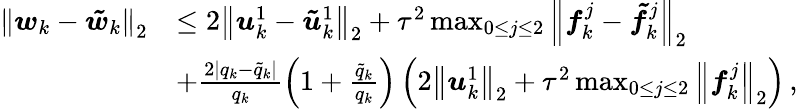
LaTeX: \begin{array}{rl}{{\left\| {\boldsymbol{w}}_{k}-{\boldsymbol{\tilde{w}}}_{k}\right\| }_{2}}&{\leq 2{\left\| {\boldsymbol{u}}_{k}^{1}-{\boldsymbol{\tilde{u}}}_{k}^{1}\right\| }_{2}+{\tau}^{2}\operatorname*{max}_{0\leq j\leq 2}{{\left\| {\boldsymbol{f}}_{k}^{j}-{\boldsymbol{\tilde{f}}}_{k}^{j}\right\| }_{2}}}\\ &{+\frac{2\left|{q}_{k}-{\tilde{q}}_{k}\right|}{{q}_{k}}\left(1+\frac{{\tilde{q}}_{k}}{{q}_{k}}\right)\left(2{\left\| {\boldsymbol{u}}_{k}^{1}\right\| }_{2}+{\tau}^{2}\operatorname*{max}_{0\leq j\leq 2}{{\left\| {\boldsymbol{f}}_{k}^{j}\right\| }_{2}}\right)\, ,}\end{array}